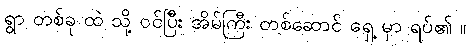
ရွာ တစ်ခု ထဲ သို့ ဝင်ပြီး အိမ်ကြီး တစ်ဆောင် ရှေ့ မှာ ရပ်၏ ။